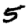
Digit: 5